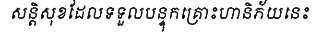
សន្តិសុខដែលទទួលបន្ទុកគ្រោះហានិភ័យនេះ